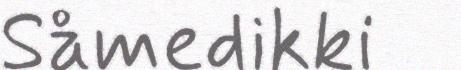
Såmedikki